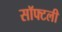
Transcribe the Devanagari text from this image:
सॉफ्टली